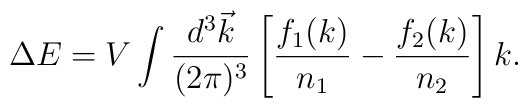
\Delta E =V \int{d^3 \vec k\over(2\pi)^3} \left[ {f_1(k)\over n_1} -{f_2(k)\over n_2}\right] k.